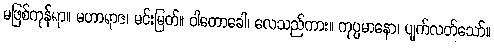
မဖြစ်ကုန်ရာ။ မဟာရာဇ၊ မင်းမြတ်။ ဝါတောခေါ၊ လေသည်ကား။ ကုပ္ပမာနော၊ ပျက်လတ်သော်။